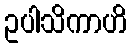
ဥပါသိကာဟိ